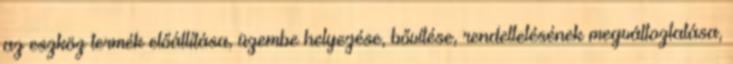
az eszköz termék előállítása, üzembe helyezése, bővítése, rendeltetésének megváltoztatása,